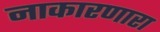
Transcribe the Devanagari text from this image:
नाकारणारा